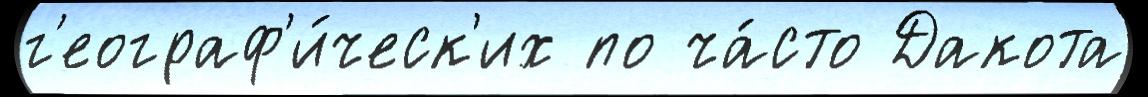
г'еограф'и́ческ'их по ча́сто Дакота